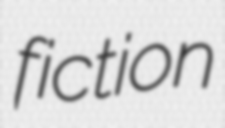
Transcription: fiction